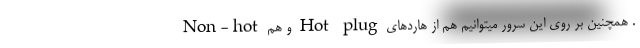
. همچنین بر روی این سرور میتوانیم هم از هاردهای Hot plug و هم Non-hot